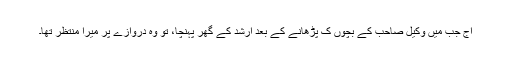
آج جب میں وکیل صاحب کے بچوں ک پڑھانے کے بعد ارشد کے گھر پہنچا، تو وہ دروازے پر میرا منتظر تھا۔